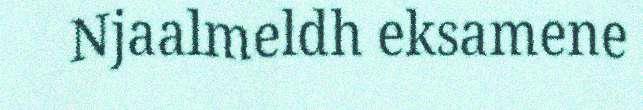
Njaalmeldh eksamene